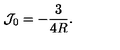
\mathcal { J } _ { 0 } = - \frac 3 { 4 R } .